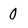
Character: 0